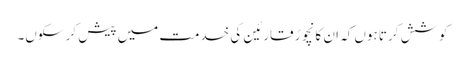
کوشش کرتا ہوں کہ ان کا نچوڑ قارئین کی خدمت میں پیش کر سکوں۔